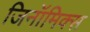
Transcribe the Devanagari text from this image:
जिनॉमिक्स